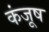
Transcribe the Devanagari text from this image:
कंजूष